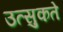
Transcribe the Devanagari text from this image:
उत्सुकते